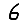
Digit: 6